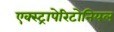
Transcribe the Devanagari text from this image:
एक्स्ट्रापेरिटोनियल